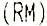
(RM)